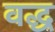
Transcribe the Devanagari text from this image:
वद्ध